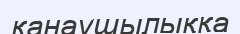
қанаушылыққа